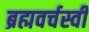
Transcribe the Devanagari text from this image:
ब्रह्मवर्चस्वी